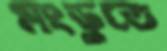
মংডুতে